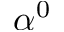
\alpha ^ { 0 }